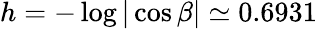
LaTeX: h=-\log|\cos\beta|\simeq 0.6931